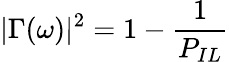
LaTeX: |\Gamma(\omega)|^{2}=1-\frac{1}{P_{IL}}